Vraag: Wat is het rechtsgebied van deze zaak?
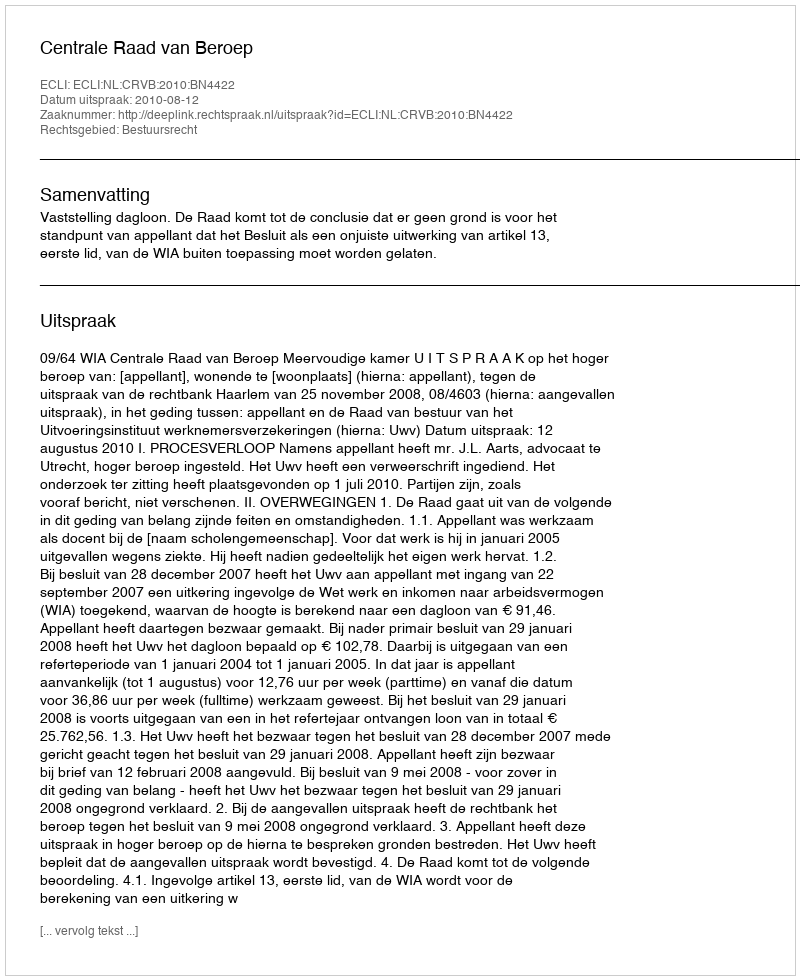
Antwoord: Bestuursrecht